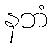
နဘံ